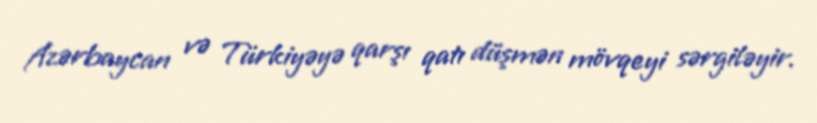
Azərbaycan və Türkiyəyə qarşı qatı düşmən mövqeyi sərgiləyir.